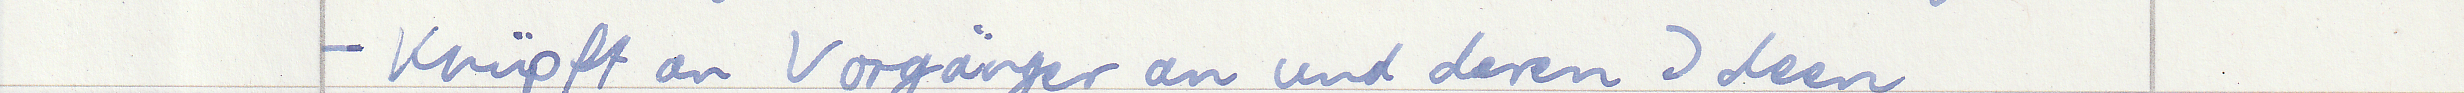
- Knüpft an Vorgänger an und deren Ideen